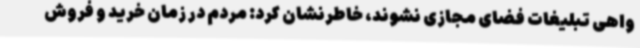
واهی تبلیغات فضای مجازی نشوند، خاطرنشان کرد: مردم در زمان خرید و فروش